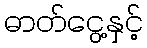
ဓာတ်ငွေ့နှင့်